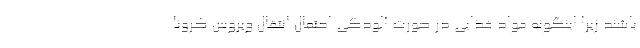
باشند زیرا اینگونه مواد غذایی در صورت آلودگی احتمال انتقال ویروس کرونا